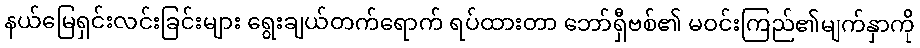
နယ်မြေရှင်းလင်းခြင်းများ ရွေးချယ်တက်ရောက် ရပ်ထားတာ ဘော်ရှီဗစ်၏ မဝင်းကြည်၏မျက်နှာကို